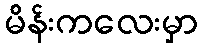
မိန်းကလေးမှာ